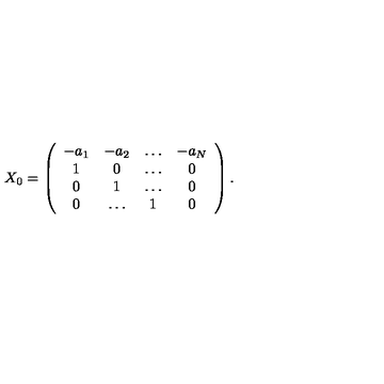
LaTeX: X _ { 0 } = \left( \begin{array} { c c c c } { - a _ { 1 } } & { - a _ { 2 } } & { \dots } & { - a _ { N } } \\ { 1 } & { 0 } & { \dots } & { 0 } \\ { 0 } & { 1 } & { \dots } & { 0 } \\ { 0 } & { \dots } & { 1 } & { 0 } \\ \end{array} \right) .